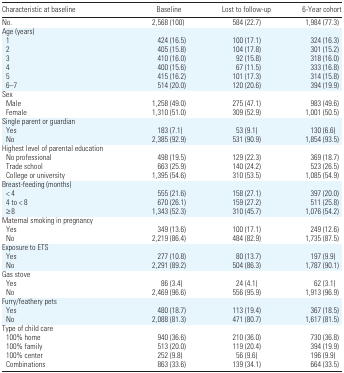
<table><thead><tr><td><b>Characteristic at baseline</b></td><td><b>Baseline</b></td><td><b>Lost to follow-up</b></td><td><b>6-Year cohort</b></td></tr></thead><tbody><tr><td>No.</td><td>2,568 (100)</td><td>584 (22.7)</td><td>1,984 (77.3)</td></tr><tr><td colspan="4">Age (years)</td></tr><tr><td> 1</td><td>424 (16.5)</td><td>100 (17.1)</td><td>324 (16.3)</td></tr><tr><td> 2</td><td>405 (15.8)</td><td>104 (17.8)</td><td>301 (15.2)</td></tr><tr><td> 3</td><td>410 (16.0)</td><td>92 (15.8)</td><td>318 (16.0)</td></tr><tr><td> 4</td><td>400 (15.6)</td><td>67 (11.5)</td><td>333 (16.8)</td></tr><tr><td> 5</td><td>415 (16.2)</td><td>101 (17.3)</td><td>314 (15.8)</td></tr><tr><td> 6–7</td><td>514 (20.0)</td><td>120 (20.6)</td><td>394 (19.9)</td></tr><tr><td colspan="4">Sex</td></tr><tr><td> Male</td><td>1,258 (49.0)</td><td>275 (47.1)</td><td>983 (49.6)</td></tr><tr><td> Female</td><td>1,310 (51.0)</td><td>309 (52.9)</td><td>1,001 (50.5)</td></tr><tr><td colspan="4">Single parent or guardian</td></tr><tr><td> Yes</td><td>183 (7.1)</td><td>53 (9.1)</td><td>130 (6.6)</td></tr><tr><td> No</td><td>2,385 (92.9)</td><td>531 (90.9)</td><td>1,854 (93.5)</td></tr><tr><td colspan="4">Highest level of parental education</td></tr><tr><td> No professional</td><td>498 (19.5)</td><td>129 (22.3)</td><td>369 (18.7)</td></tr><tr><td> Trade school</td><td>663 (25.9)</td><td>140 (24.2)</td><td>523 (26.5)</td></tr><tr><td> College or university</td><td>1,395 (54.6)</td><td>310 (53.5)</td><td>1,085 (54.9)</td></tr><tr><td colspan="4">Breast-feeding (months)</td></tr><tr><td> &lt; 4</td><td>555 (21.6)</td><td>158 (27.1)</td><td>397 (20.0)</td></tr><tr><td> 4 to &lt; 8</td><td>670 (26.1)</td><td>159 (27.2)</td><td>511 (25.8)</td></tr><tr><td> ≥ 8</td><td>1,343 (52.3)</td><td>310 (45.7)</td><td>1,076 (54.2)</td></tr><tr><td colspan="4">Maternal smoking in pregnancy</td></tr><tr><td> Yes</td><td>349 (13.6)</td><td>100 (17.1)</td><td>249 (12.6)</td></tr><tr><td> No</td><td>2,219 (86.4)</td><td>484 (82.9)</td><td>1,735 (87.5)</td></tr><tr><td colspan="4">Exposure to ETS</td></tr><tr><td> Yes</td><td>277 (10.8)</td><td>80 (13.7)</td><td>197 (9.9)</td></tr><tr><td> No</td><td>2,291 (89.2)</td><td>504 (86.3)</td><td>1,787 (90.1)</td></tr><tr><td colspan="4">Gas stove</td></tr><tr><td> Yes</td><td>86 (3.4)</td><td>24 (4.1)</td><td>62 (3.1)</td></tr><tr><td> No</td><td>2,469 (96.6)</td><td>556 (95.9)</td><td>1,913 (96.9)</td></tr><tr><td colspan="4">Furry/feathery pets</td></tr><tr><td> Yes</td><td>480 (18.7)</td><td>113 (19.4)</td><td>367 (18.5)</td></tr><tr><td> No</td><td>2,088 (81.3)</td><td>471 (80.7)</td><td>1,617 (81.5)</td></tr><tr><td colspan="4">Type of child care</td></tr><tr><td> 100% home</td><td>940 (36.6)</td><td>210 (36.0)</td><td>730 (36.8)</td></tr><tr><td> 100% family</td><td>513 (20.0)</td><td>119 (20.4)</td><td>394 (19.9)</td></tr><tr><td> 100% center</td><td>252 (9.8)</td><td>56 (9.6)</td><td>196 (9.9)</td></tr><tr><td> Combinations</td><td>863 (33.6)</td><td>139 (34.1)</td><td>664 (33.5)</td></tr></tbody></table>